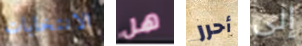
الانتخابات هل أحرر إلى